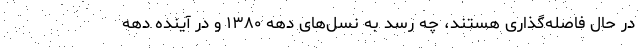
در حال فاصله‌گذاری هستند، چه رسد به نسل‌های دهه ۱۳۸۰ و در آینده دهه